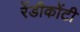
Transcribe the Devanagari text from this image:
रेंडीकोंटी